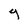
Character: g